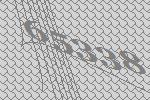
65338